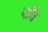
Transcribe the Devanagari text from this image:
पथि